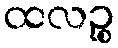
ထလဉ္စ